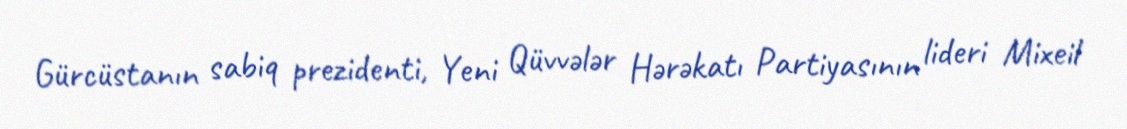
Gürcüstanın sabiq prezidenti, Yeni Qüvvələr Hərəkatı Partiyasının lideri Mixeil